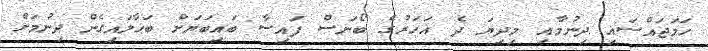
ހަމަޖައްސައި ދިނުމާއި މިދިޔަ ދެ އަހަރުގެ ބޯނަސް ފައިސާ ބައިބަޔަށް ބަހާލައިގެން ދިނުމަށް